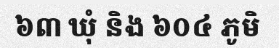
៦៣ ឃុំ និង ៦០៤ ភូមិ